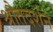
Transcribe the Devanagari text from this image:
श्रौतदर्शन